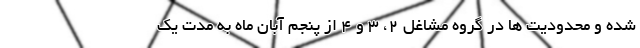
شده و محدودیت ها در گروه مشاغل ۲، ۳ و ۴ از پنجم آبان ماه به مدت یک